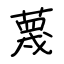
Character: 蔑